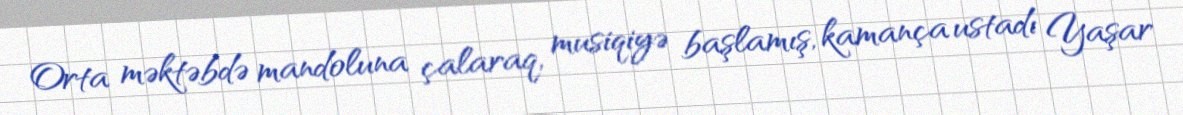
Orta məktəbdə mandoluna çalaraq, musiqiyə başlamış, kamança ustadı Yaşar